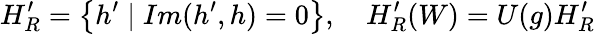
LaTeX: H_{R}^{\prime}=\left\{ h^{\prime}\mid Im(h^{\prime},h)=0\right\} ,\quad H_{R}^{\prime}(W)=U(g)H_{R}^{\prime}